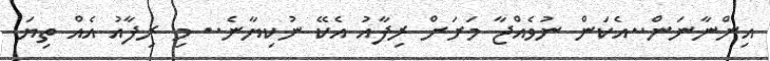
އިންނާނަން..އެކަން ނުވެއްޖާ މަށަށް ރިފާއު އެކޭ ނުކިޔާނެ.. މި ރިފާއު އެއް ތިޔަ